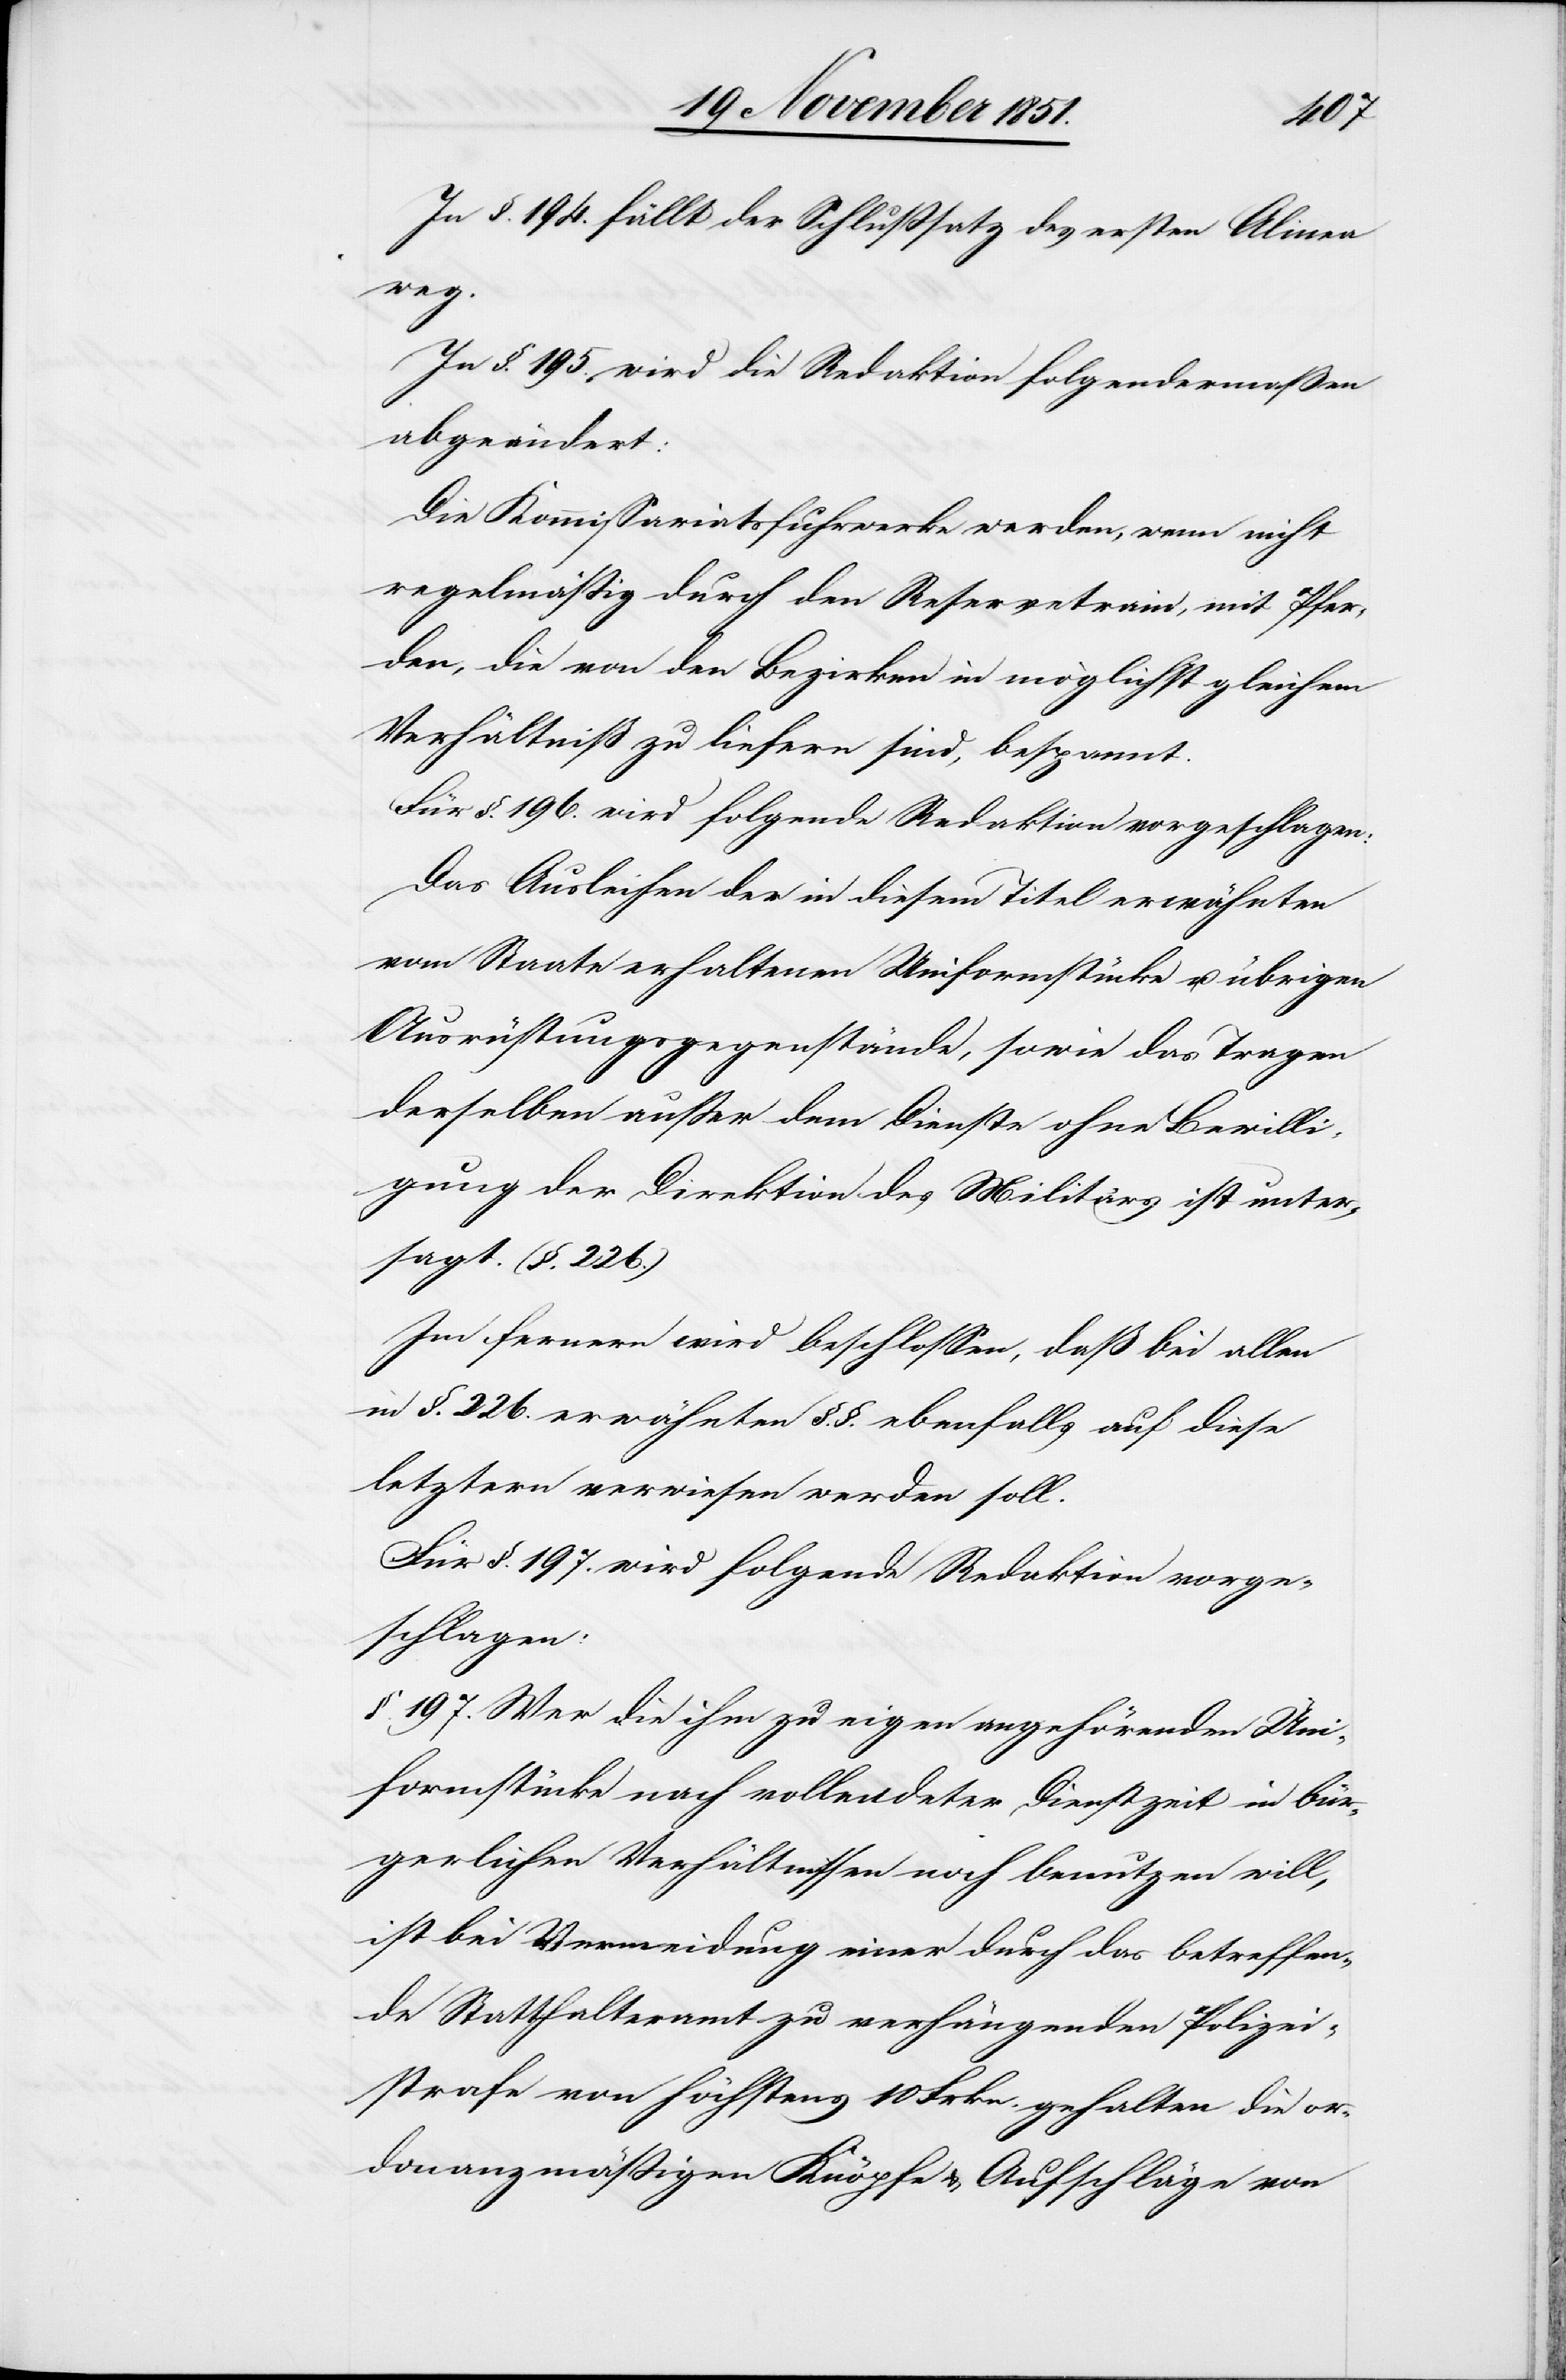
In §. 194. fällt der Schlußsatz des ersten Alinea
weg.
In §. 195. wird die Redaktion folgendermaßen
abgeändert:
Die Kommissariatsfuhrwerke werden, wenn nicht
regelmäßig durch den Reservetrain, mit Pfer¬
den, die von den Bezirken in möglichst gleichem
Verhältniß zu liefern sind, bespannt.
Für §. 196. wird folgende Redaktion vorgeschlagen:
Das Ausleihen der in diesem Titel erwähnten
vom Staate erhaltenen Uniformstücke u. übrigen
Ausrüstungsgegenstände, sowie das Tragen
derselben außer dem Dienste ohne Bewilli¬
gung der Direktion des Militärs ist unter¬
sagt. (§. 226.)
Im fernern wird beschlossen, daß bei allen
in §. 226. erwähnten §.§. ebenfalls auf diese
letztern verwiesen werden soll.
Für §. 197. wird folgende Redaktion vorge¬
schlagen:
§. 197. Wer die ihm zu eigen angehörenden Uni¬
formstücke nach vollendeter Dienstzeit in bür¬
gerlichen Verhältnissen noch benutzen will,
ist bei Vermeidung einer durch das betreffen¬
de Statthalteramt zu verhängenden Polizei¬
strafe von höchstens 10 Frkn. gehalten die or¬
donanzmäßigen Knöpfe & Aufschläge von